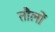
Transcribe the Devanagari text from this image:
तौलों